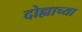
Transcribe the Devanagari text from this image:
दोह्याच्या